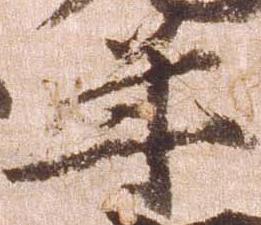
年